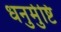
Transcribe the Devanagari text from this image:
धनुर्मुष्टि